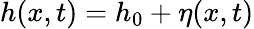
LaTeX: h(x,t)=h_{0}+\eta(x,t)